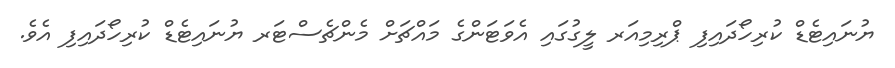
ޔުނައިޓެޑް ކުރިހޯދައިފި ޕްރިމިއަރ ލީގުގައި އެވަޓަންގެ މައްޗަށް މެންޗެސްޓަރ ޔުނައިޓެޑް ކުރިހޯދައިފި އެވެ.